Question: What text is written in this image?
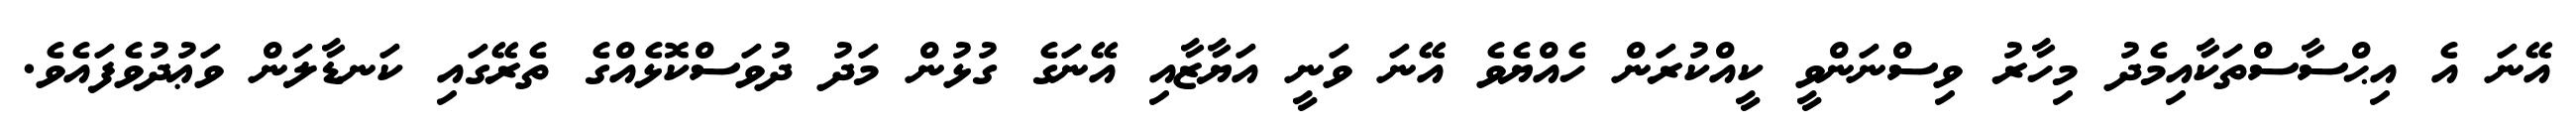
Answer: އޭނަ އެ އިޙްސާސްތަކާއިމެދު މިހާރު ވިސްނަންވީ ކީއްކުރަން ހެއްޔެވެ އޭނަ ވަނީ އަޔާޒާއި އޭނަގެ ގުޅުން މަދު ދުވަސްކޮޅެއްގެ ތެރޭގައި ކަނޑާލަން ވަޢުދުވެފައެވެ.